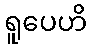
ရူပေဟိ